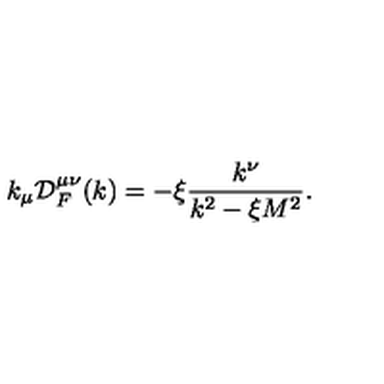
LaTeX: k _ { \mu } { \cal D } _ { F } ^ { \mu \nu } ( k ) = - \xi \frac { k ^ { \nu } } { k ^ { 2 } - \xi M ^ { 2 } } .